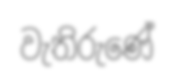
වැතිරුණේ